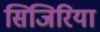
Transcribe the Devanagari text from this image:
सिजिरिया